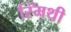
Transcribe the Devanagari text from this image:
स्मिथी